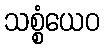
သစ္စံယေဝ